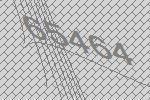
65464